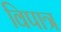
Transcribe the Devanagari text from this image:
विपात्र